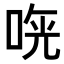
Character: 𠵰